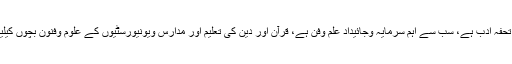
اولاد کیلیے بہترین تحفہ ادب ہے، سب سے اہم سرمایہ وجائیداد علم وفن ہے، قرآن اور دین کی تعلیم اور مدارس ویونیورسٹیوں کے علوم وفنون بچوں کیلیے بہترین تحفہ ہیں۔